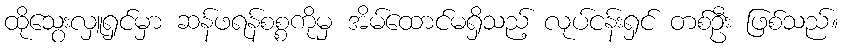
ထိုသွေးလှူရှင်မှာ ဆန်ဖရန်စစ္စကိုမှ အိမ်ထောင်မရှိသည့် လုပ်ငန်းရှင် တစ်ဦး ဖြစ်သည်။